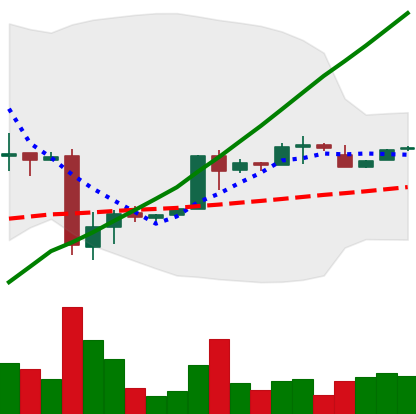
Ticker: BTC-USD
Chart end date: 2017-01-27
Forward return: 7.532%
Label: up_7plus